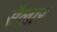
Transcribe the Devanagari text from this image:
सैलार